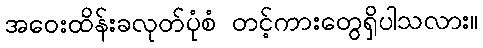
အဝေးထိန်းခလုတ်ပုံစံ တင့်ကားတွေရှိပါသလား။